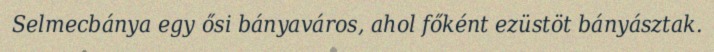
Selmecbánya egy ősi bányaváros, ahol főként ezüstöt bányásztak.